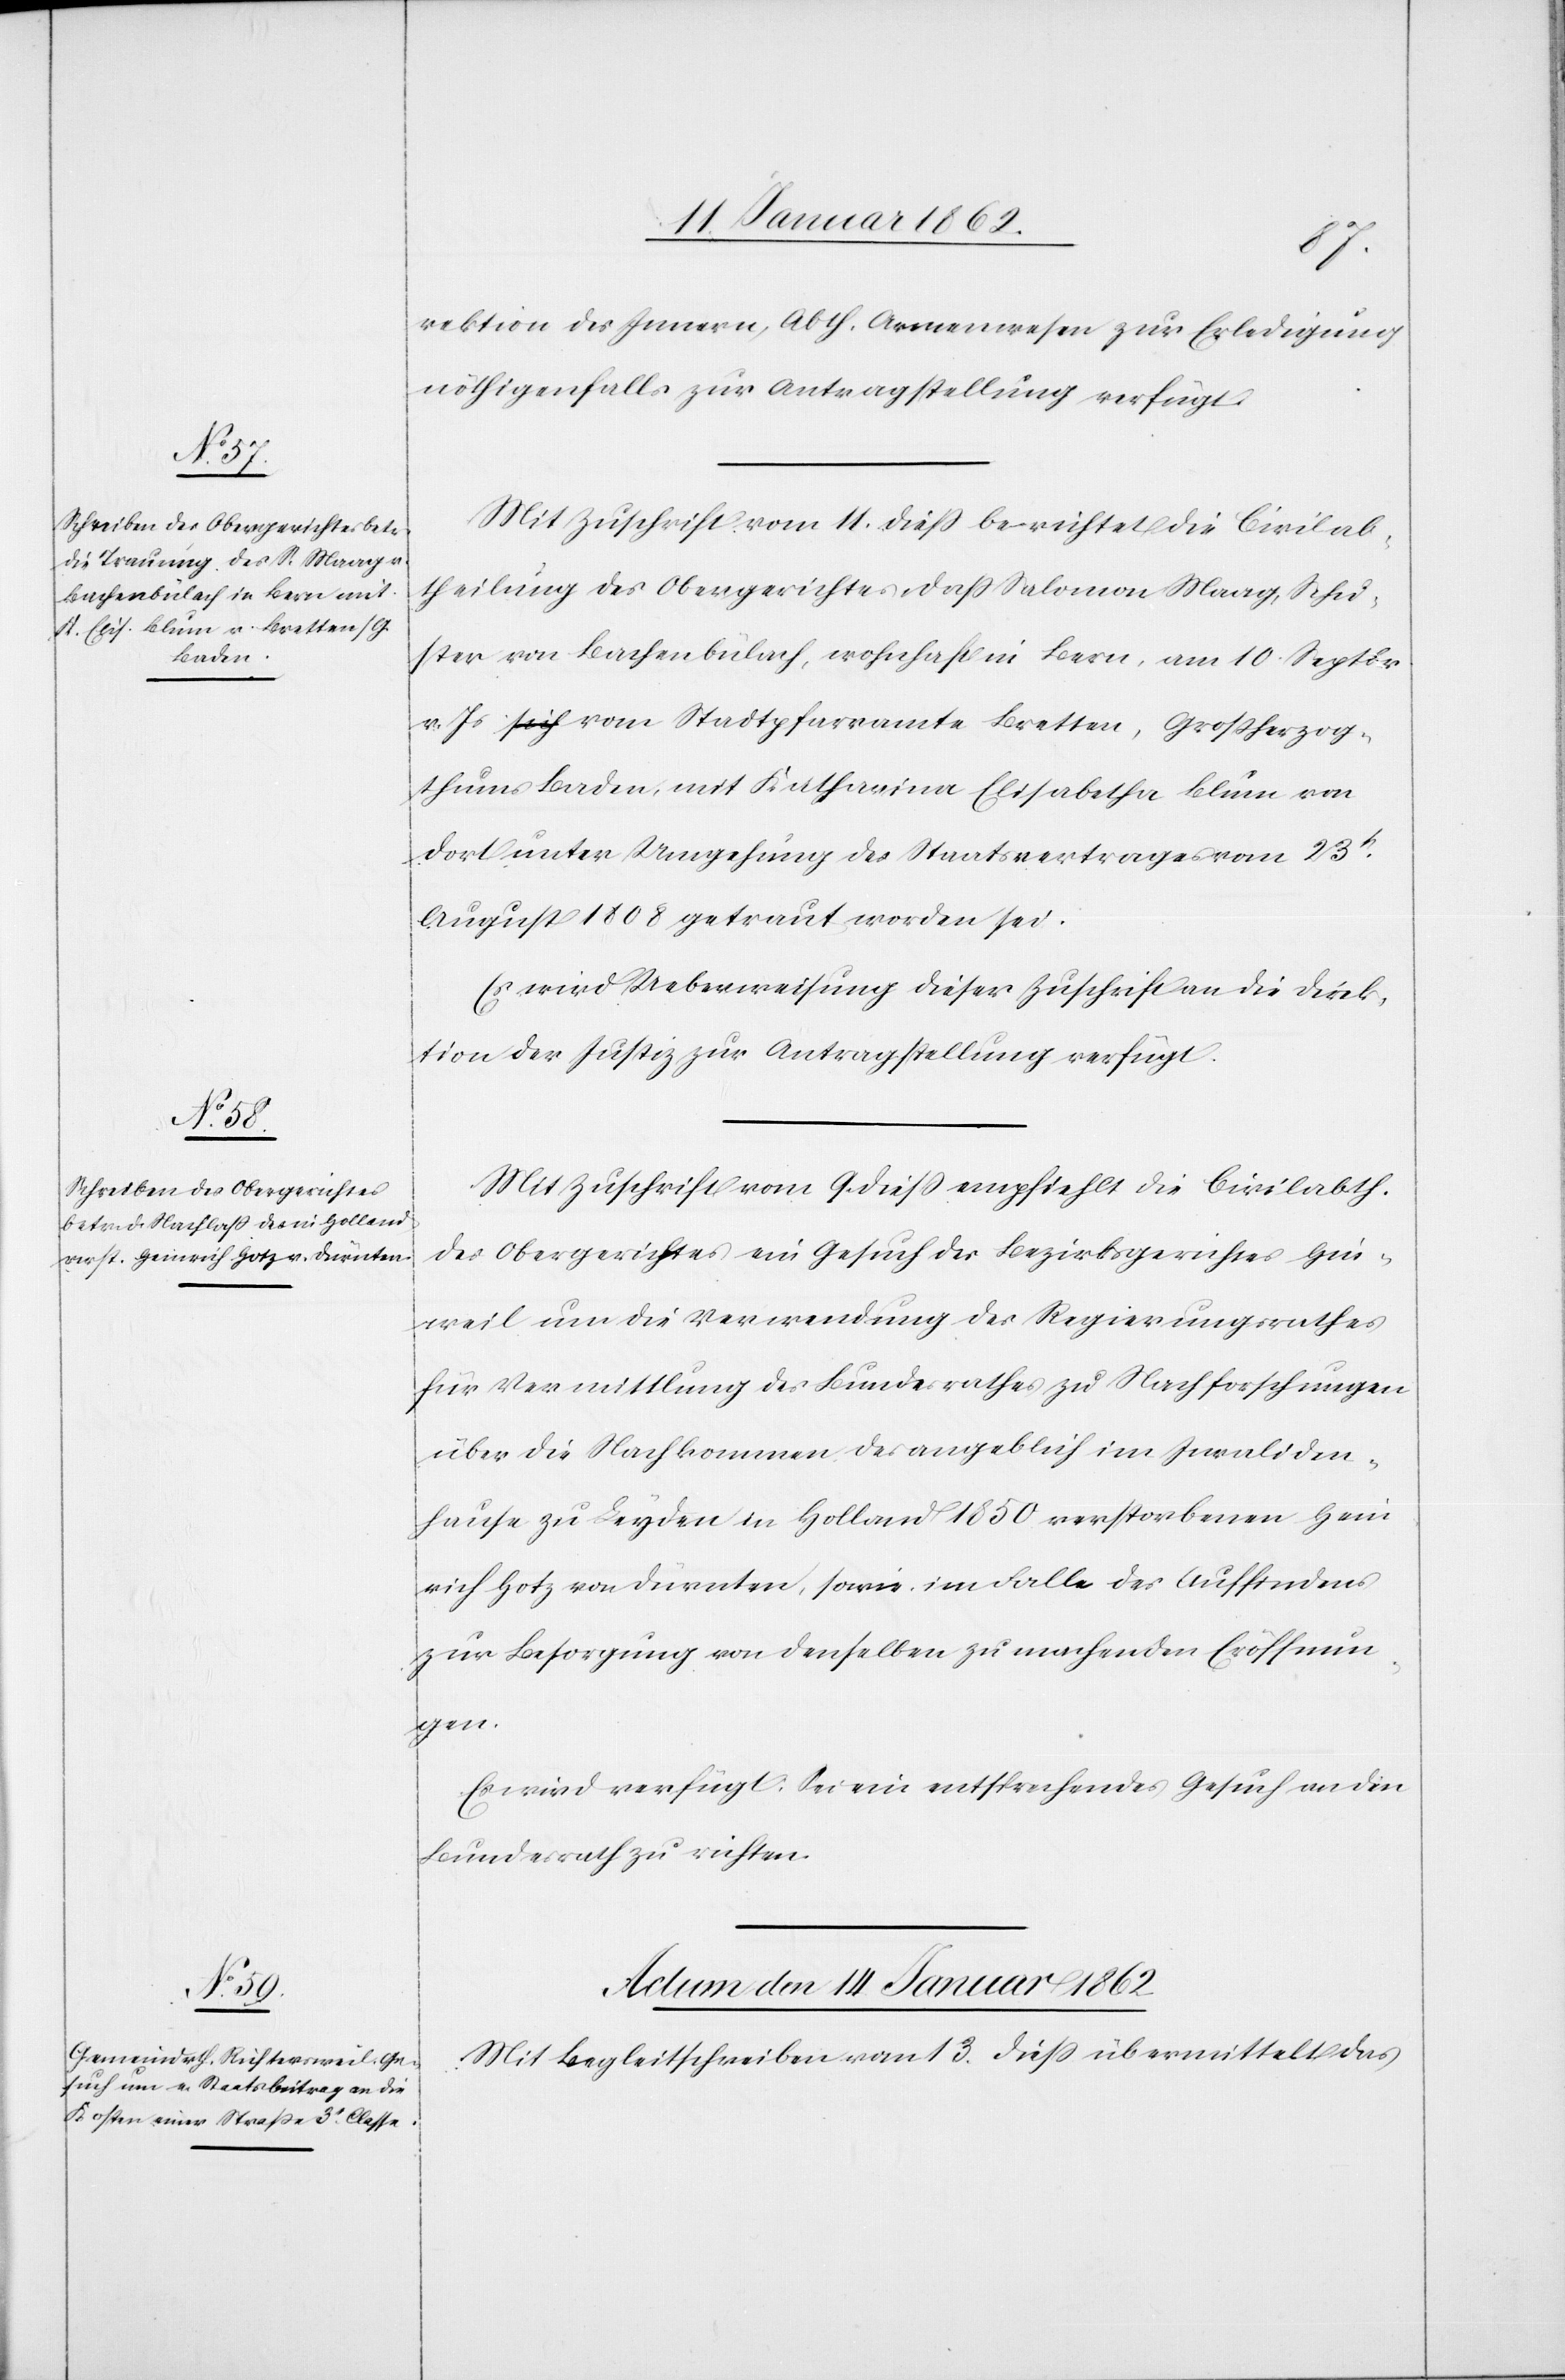
rektion des Innern, Abth. Armenwesen zur Erledigung
nöthigenfalls zur Antragstellung verfügt.
Mit Zuschrift vom 11. dieß berichtet die Civilab¬
theilung des Obergerichtes, daß Salomon Maag, Schu¬
ster von Bachenbülach, wohnhaft in Bern, am 10. Septbr
v. Js vom Stadtpfarramte Bretten, Großherzog¬
thums Baden, mit Katharina Elisabetha Blum von
dort unter Umgehung des Staatsvertrages vom 23t.
August 1818 getraut worden sei.
Es wird Ueberweisung dieser Zuschrift an die Direk¬
tion der Justiz zur Antragstellung verfügt.
Mit Zuschrift vom 9. dieß empfiehlt die Civilabth.
des Obergerichtes ein Gesuch des Bezirksgerichtes Hin¬
weil um die Verwendung des Regierungsrathes
für Vermittlung des Bundesrathes zu Nachforschungen
über die Nachkommen des angeblich im Invaliden¬
hause zu Leyden in Holland 1850 verstorbenen Hein¬
rich Hotz von Dürnten, sowie im Falle des Auffindens
zur Besorgung von denselben zu machenden Eröffnun¬
gen.
Es wird verfügt: Sei ein entsprechendes Gesuch an den
Bundesrath zu richten.
Actum den 14 Januar 1862
Mit Begleitschreiben vom 13. dieß übermittelt das